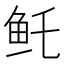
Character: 𱇏